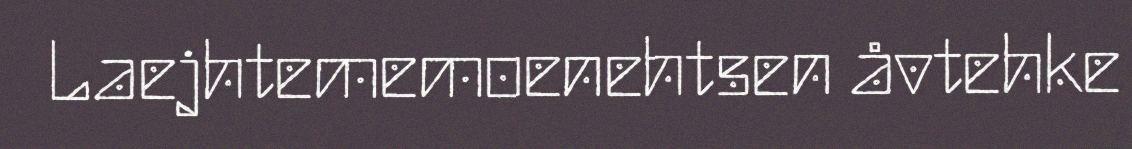
Laejhtememoenehtsen åvtehke